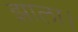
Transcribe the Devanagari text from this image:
झाला।